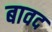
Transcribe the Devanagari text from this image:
बावद